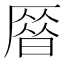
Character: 𠪞